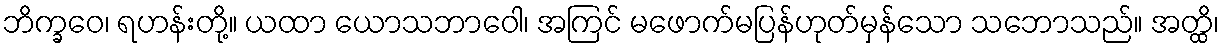
ဘိက္ခဝေ၊ ရဟန်းတို့။ ယထာ ယောသဘာဝေါ၊ အကြင် မဖောက်မပြန်ဟုတ်မှန်သော သဘောသည်။ အတ္ထိ၊